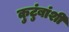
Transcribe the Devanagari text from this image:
कुटुंबांशी